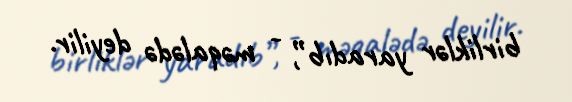
birliklər yaradıb”, - məqalədə deyilir.